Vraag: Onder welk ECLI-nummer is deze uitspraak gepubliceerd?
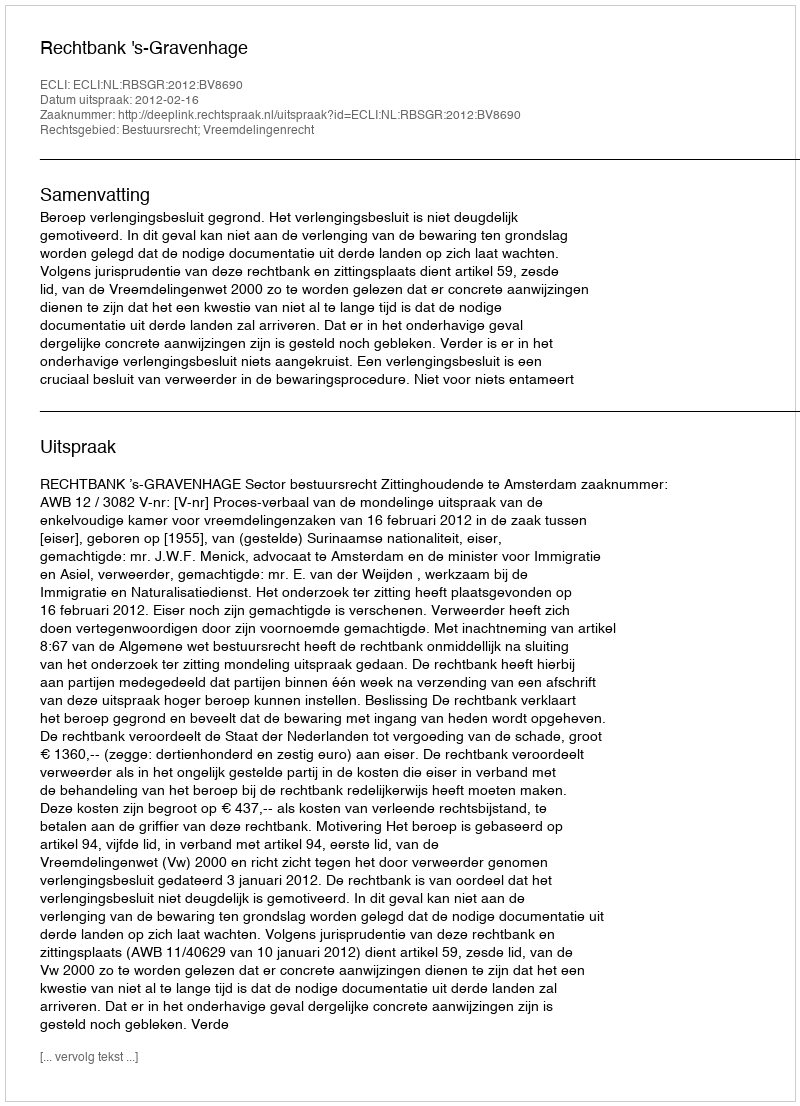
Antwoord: ECLI:NL:RBSGR:2012:BV8690